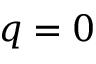
q = 0